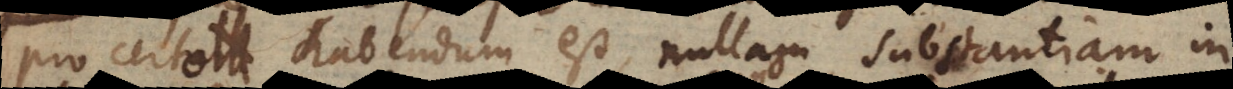
pro certo habendum est, nullam substantiam in